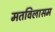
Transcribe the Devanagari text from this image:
मतविलासम